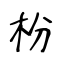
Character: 枌